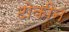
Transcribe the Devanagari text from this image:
टोकीन